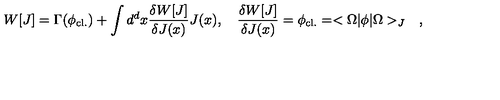
W [ J ] = \Gamma ( \phi _ { \mathrm { c l . } } ) + \int d ^ { d } x { \frac { \delta W [ J ] } { \delta J ( x ) } } J ( x ) , \quad { \frac { \delta W [ J ] } { \delta J ( x ) } } = \phi _ { \mathrm { c l . } } = < \Omega | \phi | \Omega > _ { J } \quad ,